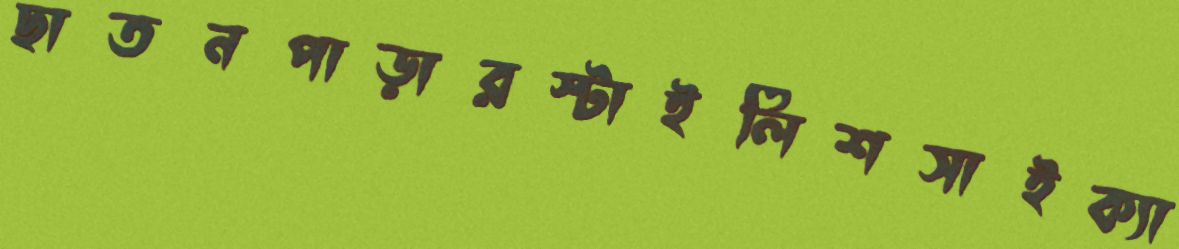
ছাতনপাড়ারস্টাইলিশসাইক্যা